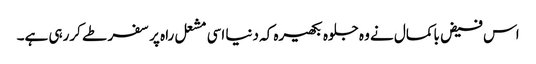
اس فیض باکمال نے وہ جلوہ بکھیرہ کہ دنیا اسی مشعل راہ پر سفر طے کررہی ہے۔